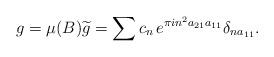
LaTeX: \begin{align*}g= \mu(B) \widetilde g&= \sum c_n \, e^{\pi i n^2 a_{21} a_{11} } \delta_{n a_{11} }. \end{align*}